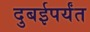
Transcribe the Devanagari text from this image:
दुबईपर्यंत